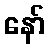
နော်